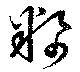
籸